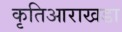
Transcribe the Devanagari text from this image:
कृतिआराखडा